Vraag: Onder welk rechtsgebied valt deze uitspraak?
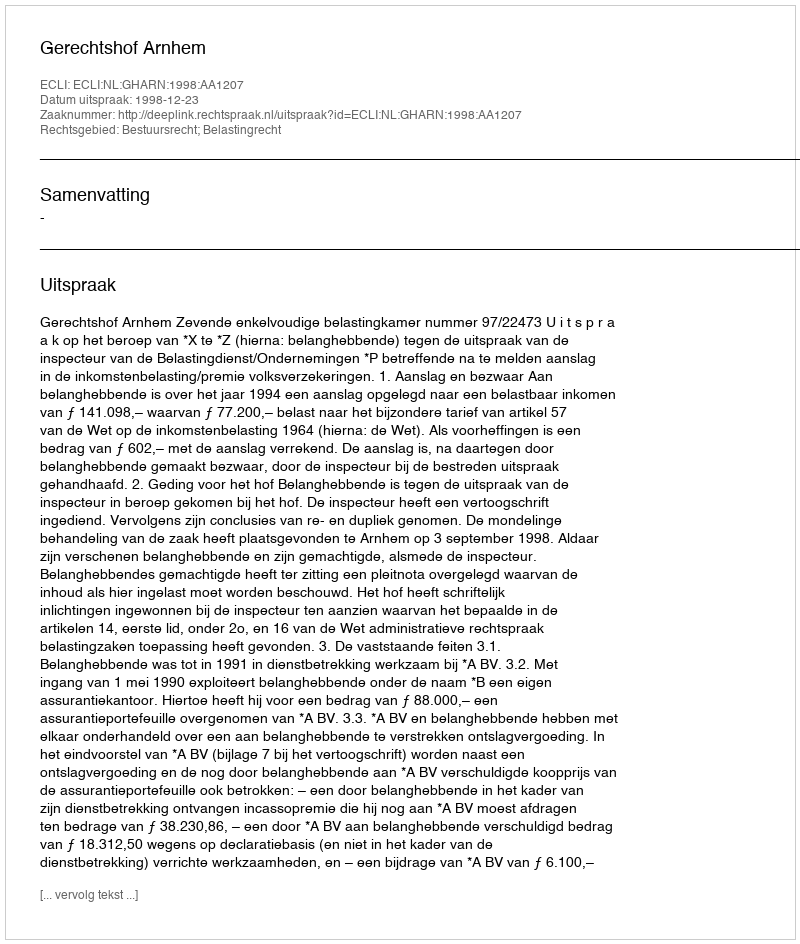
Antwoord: Bestuursrecht; Belastingrecht